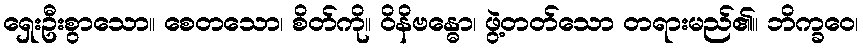
ရှေးဦးစွာသော။ စေတသော၊ စိတ်ကို။ ဝိနိဗန္ဓော၊ ဖွဲ့တတ်သော တရားမည်၏။ ဘိက္ခဝေ၊